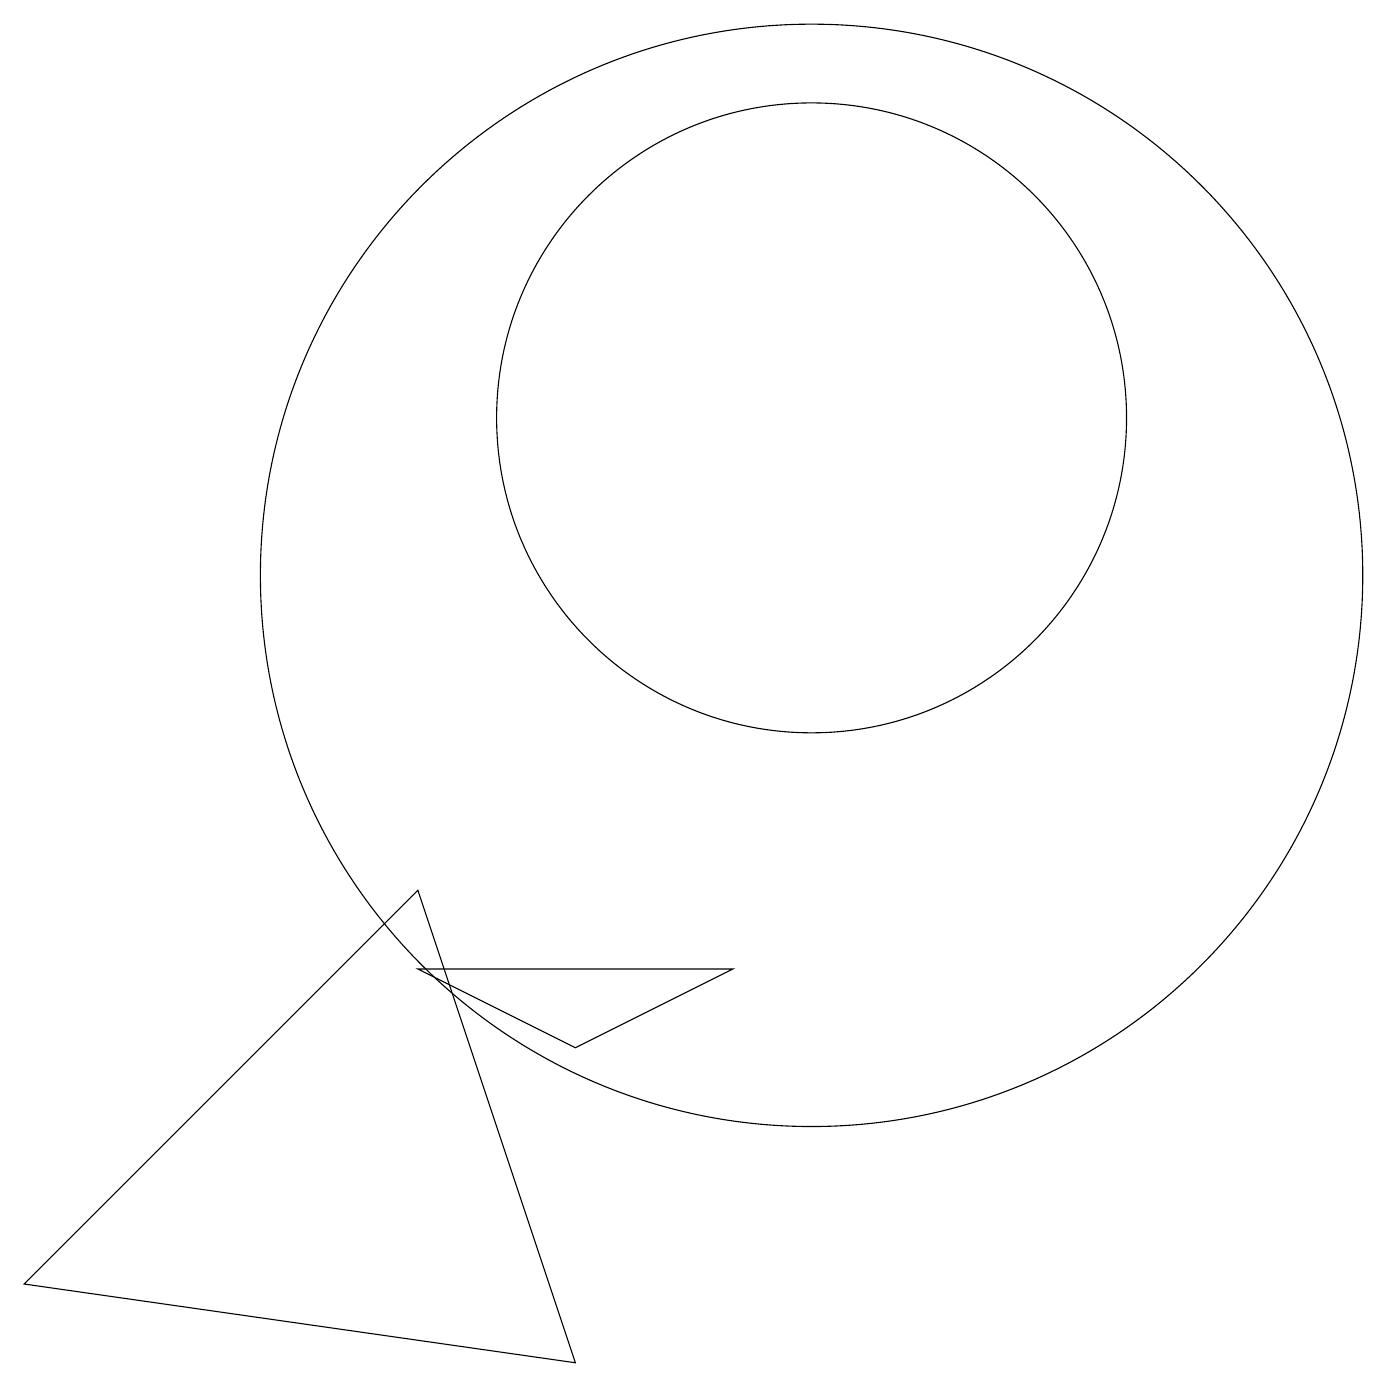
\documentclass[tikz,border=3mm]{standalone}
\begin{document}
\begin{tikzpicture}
\draw (5,5) -- (9,5) -- (7,4) -- cycle;
\draw (10,10) circle (7);
\draw (7,0) -- (0,1) -- (5,6) -- cycle;
\draw (10,12) circle (4);
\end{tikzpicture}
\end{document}